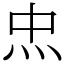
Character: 𤆪